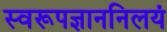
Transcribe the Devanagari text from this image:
स्वरूपज्ञाननिलयं